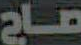
صاح